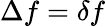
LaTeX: \Delta f=\delta f